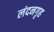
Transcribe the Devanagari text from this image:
लंदनगृह